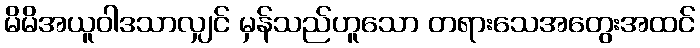
မိမိအယူဝါဒသာလျှင် မှန်သည်ဟူသော တရားသေအတွေးအထင်